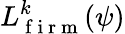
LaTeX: L_{\mathrm{~f~i~r~m~}}^{k}(\psi)